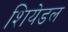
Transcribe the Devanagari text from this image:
शियेडल